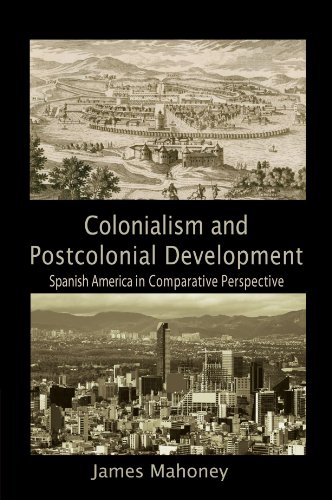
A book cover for Colonialism and Postcolonial Development: Spanish America in Comparative Perspective (Cambridge Studies in Comparative Politics); James Mahoney; Law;